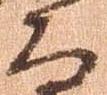
候